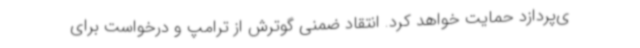
ی‌پردازد حمایت خواهد کرد. انتقاد ضمنی گوترش از ترامپ و درخواست برای